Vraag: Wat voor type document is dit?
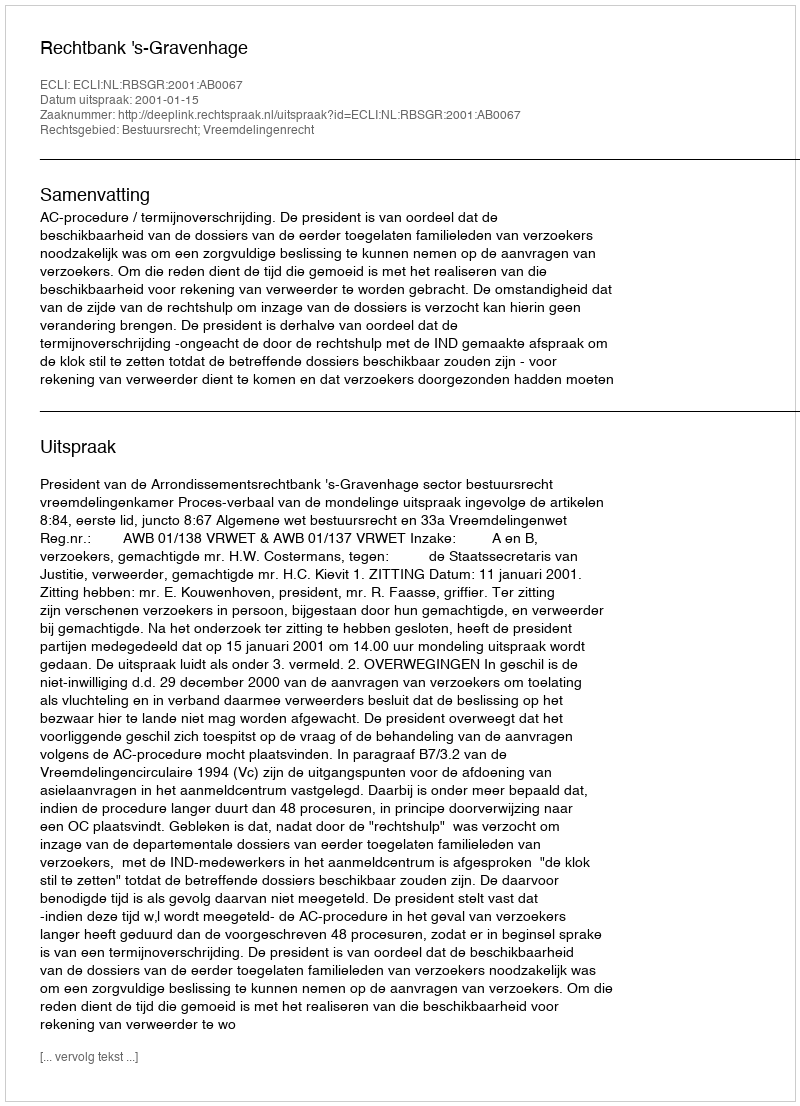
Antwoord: Uitspraak